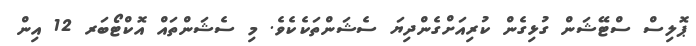
ޕޮލިސް ސްޓޭޝަން ގުޅިގެން ކުރިއަށްގެންދިޔަ ސެޝަންތަކެކެވެ. މި ސެޝަންތައް އޮކްޓޯބަރ 12 އިން